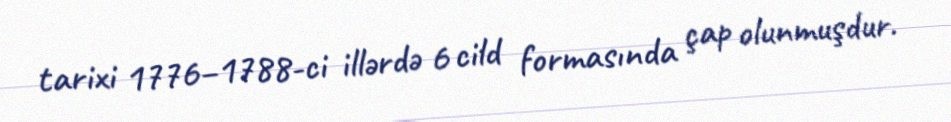
tarixi 1776–1788-ci illərdə 6 cild formasında çap olunmuşdur.